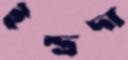
ইন্দ্রদা